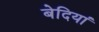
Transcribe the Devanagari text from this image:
बेदियां